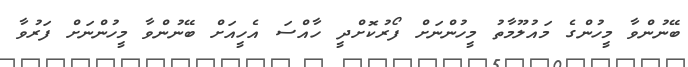
ބޭނުންވާ މީހުންގެ މައުލޫމާތު މީހުންނަށް ފޯރުކޮށްދީ ހާއްސަ އެހީއަށް ބޭނުންވާ މީހުންނަށް ފަރުވާ